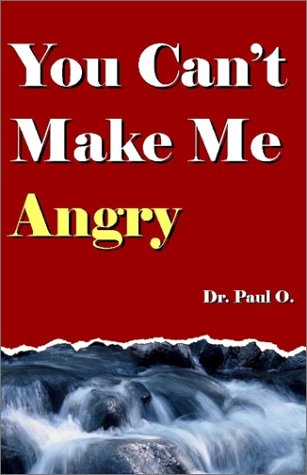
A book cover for You Can't Make Me Angry; Paul O.; Parenting & Relationships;